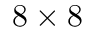
8 \times 8